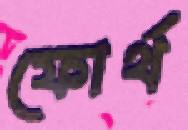
ফোর্থ